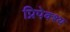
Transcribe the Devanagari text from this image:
प्रिपेक्श्य